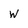
Character: W